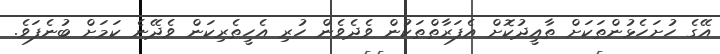
އޭގެ ހުށަހެޅުންތަކަށް ތާއީދުކޮށް އެފަރާތްތަކުން ވެދެވެން ހުރި އެހީތެރިކަން ވެދޭނެ ކަމަށް ބުނެފަވެ.